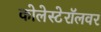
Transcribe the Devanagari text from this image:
कोलेस्टेरॉलवर